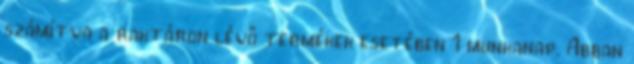
számítva a raktáron lévő termékek esetében 1 munkanap. Abban